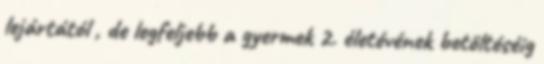
lejártától , de legfeljebb a gyermek 2. életévének betöltéséig